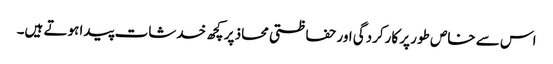
اس سے خاص طور پر کارکردگی اور حفاظتی محاذ پر کچھ خدشات پیدا ہوتے ہیں۔